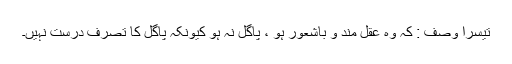
تیسرا وصف : کہ وہ عقل مند و باشعور ہو ، پاگل نہ ہو کیونکہ پاگل کا تصرّف درست نہیں۔